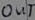
Text: OUT